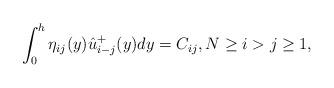
LaTeX: \begin{align*} \int_0^h \eta_{i j}(y) \hat u_{i-j}^+(y) dy=C_{ij}, N \ge i > j \ge 1,\end{align*}